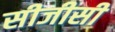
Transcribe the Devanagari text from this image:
सीजीसी